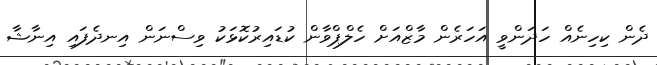
ދެން ކިހިނެއް ހަދަންވީ އަހަރެން މާޒްއަށް ހެލްޕްވާން ކުޑައިރުކޮޅަކު ވިސްނަން އިނދެފައި އިނާޝާ